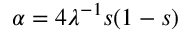
\alpha = 4 \lambda ^ { - 1 } s ( 1 - s )